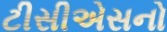
ટીસીએસનો